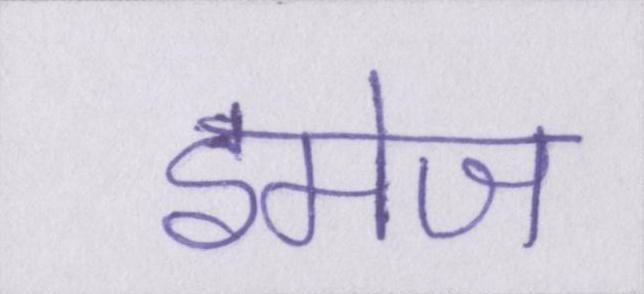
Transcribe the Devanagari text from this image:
इमेज